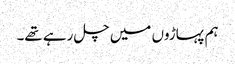
ہم پہاڑوں میں چل رہے تھے۔